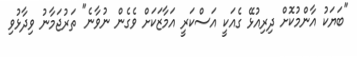
"ބަޔަކު އާންމުކޮށް ދިރިއުޅޭ ގެއަކީ އަސްކަރީ އަމާޒަކަށް ވެގެން ނުވާނެ" ތަރުޖަމާނު ވިދާޅުވި